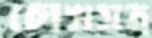
চোখসহ